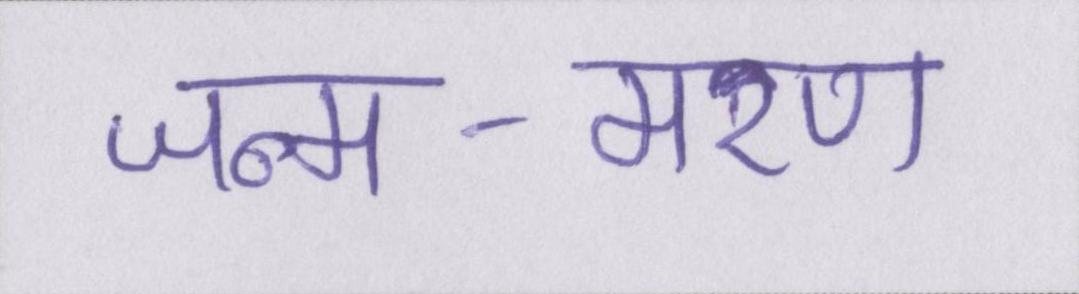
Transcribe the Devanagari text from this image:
जन्म-मरण